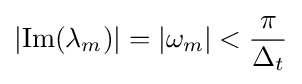
\left|\operatorname {Im} (\lambda _{m})\right|=\left|\omega _{m}\right|<{\frac {\pi }{\Delta _{t}}}